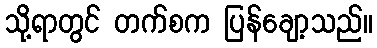
သို့ရာတွင် တက်စက ပြန်ချော့သည်။